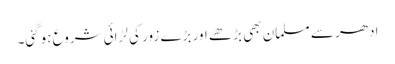
ادھر سے مسلمان بھی بڑھے اور بڑے زور کی لڑائی شروع ہوگئی۔